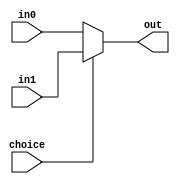
`timescale 1ns / 1ps



module Mux2_32bits(
    input choice,
    input [31:0] in0,
    input [31:0] in1,
    output [31:0] out
    );
    
    assign out = (choice==0) ? in0 : in1;
    
endmodule